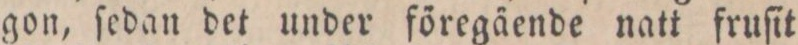
gon, ſedan det under föregäende natt fruſit